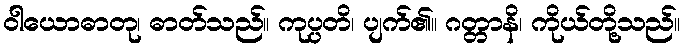
ဝါယောဓာတု၊ ဓာတ်သည်။ ကုပ္ပတိ၊ ပျက်၏။ ဂတ္တာနိ၊ ကိုယ်တို့သည်။